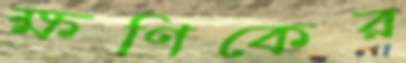
ক্ষণিকের